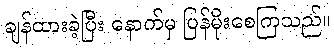
ချန်ထားခဲ့ပြီး နောက်မှ ပြန်မိုးစေကြသည်။